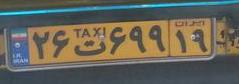
۲۶ت۶۹۹۱۹